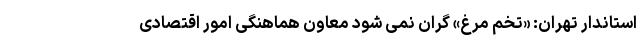
استاندار تهران: «تخم مرغ» گران نمی شود معاون هماهنگی امور اقتصادی